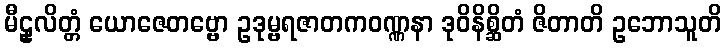
မီဠှလိတ္တံ ယောဇေတဗ္ဗော ဥဒုမ္ဗရဇာတကဝဏ္ဏနာ ဒုဝိနိစ္ဆိတံ ဇိတာတိ ဥဘောသူတိ